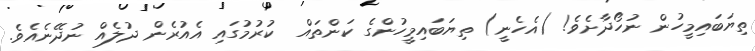
ތިޔަބައިމީހުން ނުހޯދާށެވެ! (އެހެނީ) ތިޔަބައިމީހުންގެ ކަންތައް  ކުރުމުގައި އެއުރެން ދުލެއް ނުދޭނެއެވެ.